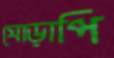
ঘোড়াপি